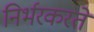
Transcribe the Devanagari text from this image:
निर्भरकरते